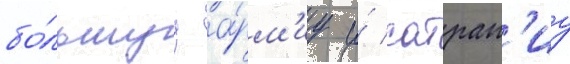
бо́льшуу а́рм'иу и́ сатрап'иу